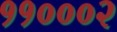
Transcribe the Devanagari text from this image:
११०००२